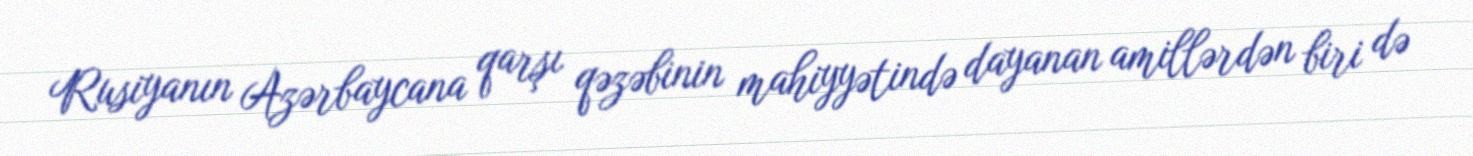
Rusiyanın Azərbaycana qarşı qəzəbinin mahiyyətində dayanan amillərdən biri də